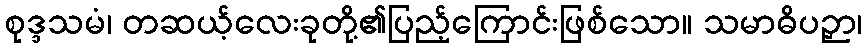
စုဒ္ဒသမံ၊ တဆယ့်လေးခုတို့၏ပြည့်ကြောင်းဖြစ်သော။ သမာဓိပဉှာ၊